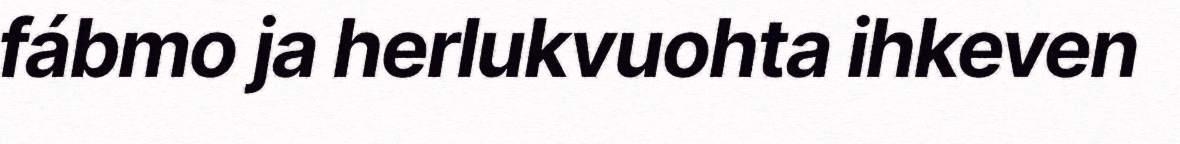
fábmo ja herlukvuohta ihkeven